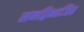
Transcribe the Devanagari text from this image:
समद्विभाजित